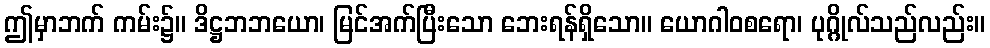
ဤမှာဘက် ကမ်း၌။ ဒိဋ္ဌဘဘယော၊ မြင်အက်ပြီးသော ဘေးရန်ရှိသော။ ယောဂါဝစရော၊ ပုဂ္ဂိုလ်သည်လည်း။